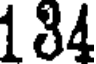
134